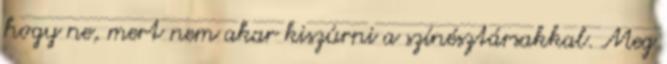
hogy ne, mert nem akar kiszúrni a színésztársakkal. Meg